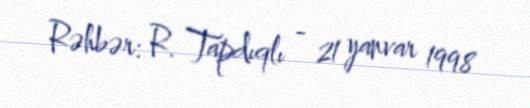
Rəhbər: R. Tapdıqlı - 21 yanvar 1998